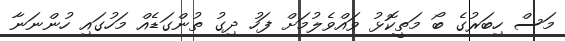
މަސް ހިބަރުގެ ބޯ މަތީކޮޅު ވައްވެލުމަށް ފަހު ދިގު ތުންގަޑެއް މަހުގައި ހުންނަނާ